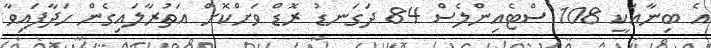
އެ ބިނާއަކީ 108 ސްޓެއިންލެސް 84 ދަގަނޑު ރޮޑް ވަށްކޮށް އަތުރާލައިގެން ހަދާފައިވާ